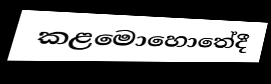
කළමොහොතේදී